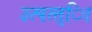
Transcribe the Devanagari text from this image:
उत्पत्त्िा